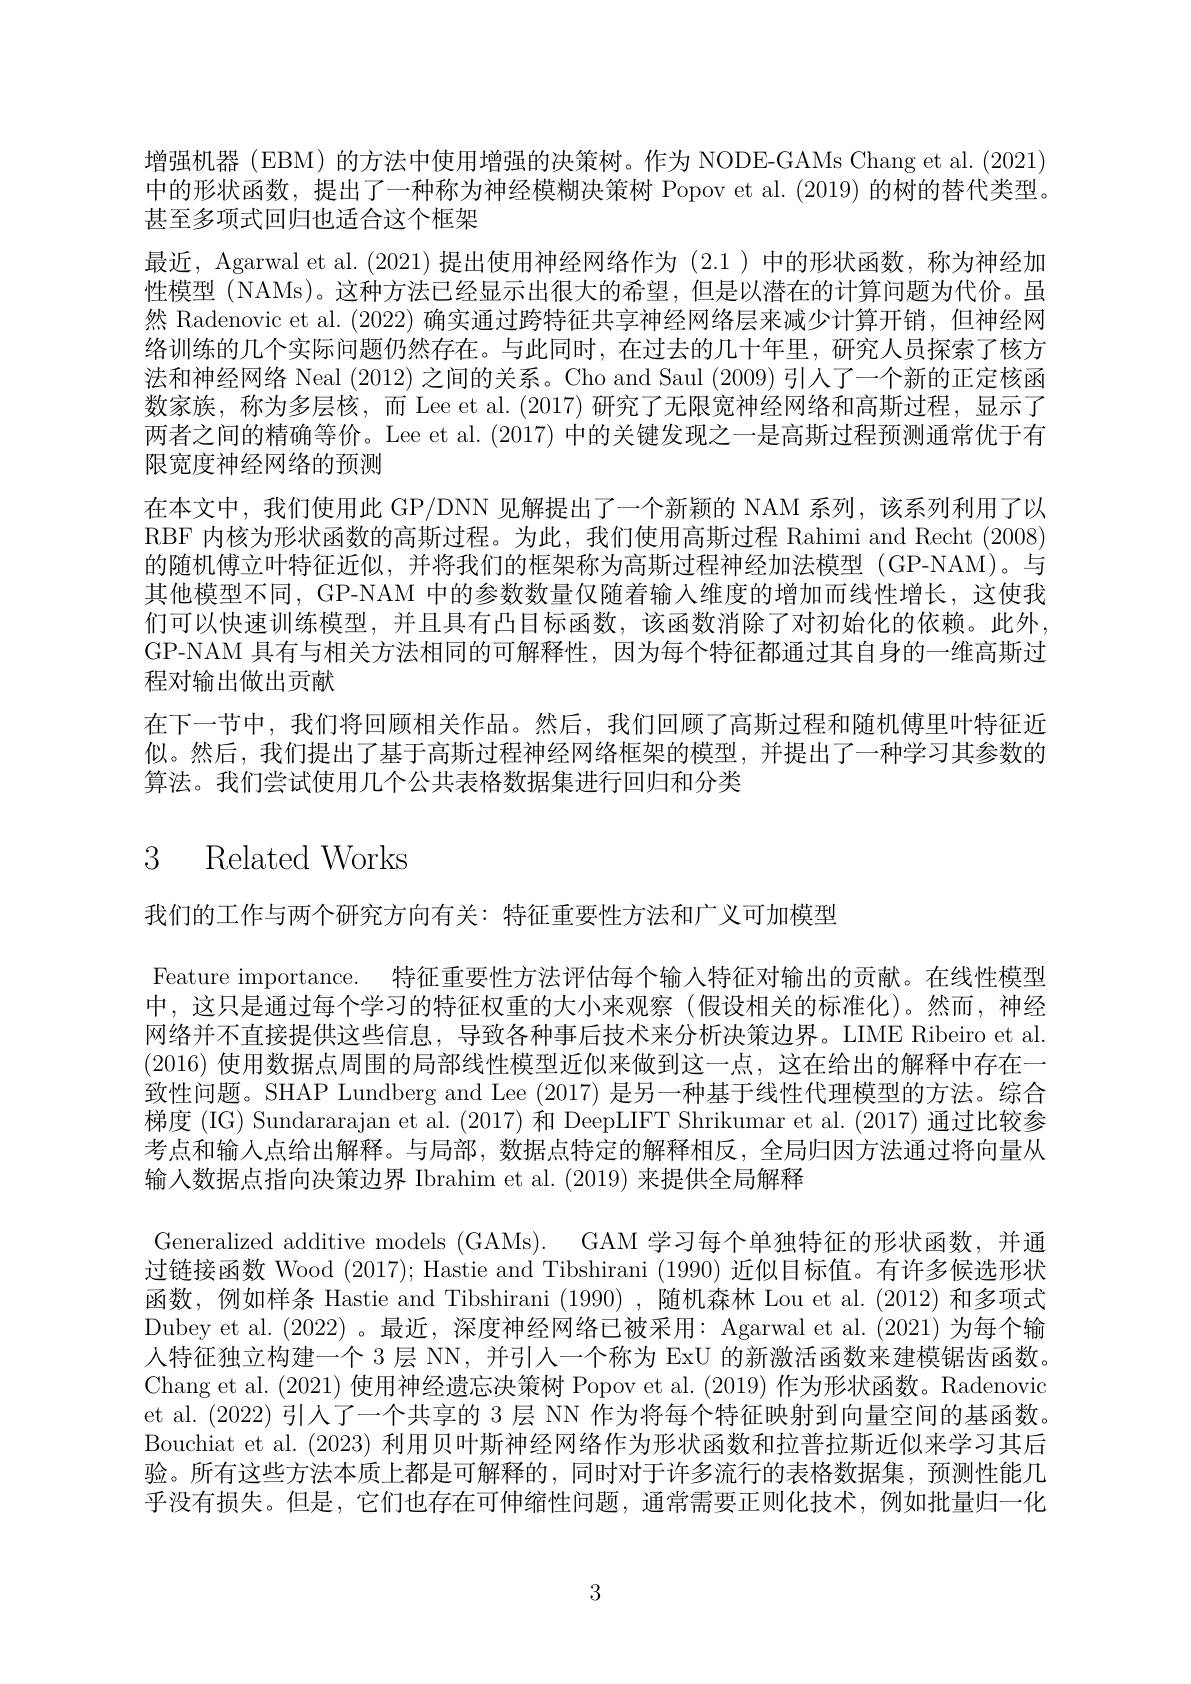
增强机器(EBM) 的方法中使用增强的决策树。作为 NODE-GAMs Chang et al. (2021) 中的形状函数，提出了一种称为神经模糊决策树 Popov et al. (2019) 的树的替代类型。甚至多项式回归也适合这个框架
最近，Agarwal et al. (2021) 提出使用神经网络作为 (2.1 )中的形状函数，称为神经加性模型 (NAMs)。这种方法已经显示出很大的希望，但是以潜在的计算问题为代价。虽然 Radenovic et al. (2022) 确实通过跨特征共享神经网络层来减少计算开销，但神经网络训练的几个实际问题仍然存在。与此同时，在过去的几十年里，研究人员探索了核方法和神经网络 Neal (2012) 之间的关系。Cho and Saul (2009) 引入了一个新的正定核函数家族，称为多层核，而 Lee et al.(2017) 研究了无限宽神经网络和高斯过程，显示了两者之间的精确等价。Lee et al. (2017) 中的关键发现之一是高斯过程预测通常优于有限宽度神经网络的预测
在本文中，我们使用此 GP/DNN 见解提出了一个新颖的 NAM 系列，该系列利用了以RBF 内核为形状函数的高斯过程。为此，我们使用高斯过程 Rahimi and Recht (2008) 的随机傅立叶特征近似，并将我们的框架称为高斯过程神经加法模型 (GP-NAM)。与其他模型不同，GP-NAM 中的参数数量仅随着输入维度的增加而线性增长，这使我们可以快速训练模型，并且具有凸目标函数，该函数消除了对初始化的依赖。此外， GP-NAM 具有与相关方法相同的可解释性，因为每个特征都通过其自身的一维高斯过程对输出做出贡献
在下一节中，我们将回顾相关作品。然后，我们回顾了高斯过程和随机傅里叶特征近似。然后，我们提出了基于高斯过程神经网络框架的模型，并提出了一种学习其参数的算法。我们尝试使用几个公共表格数据集进行回归和分类

# 3 Related Works

我们的工作与两个研究方向有关：特征重要性方法和广义可加模型

Feature importance. 特征重要性方法评估每个输入特征对输出的贡献。在线性模型中，这只是通过每个学习的特征权重的大小来观察(假设相关的标准化)。然而，神经网络并不直接提供这些信息，导致各种事后技术来分析决策边界。LIME Ribeiro et al. (2016)使用数据点周围的局部线性模型近似来做到这一点，这在给出的解释中存在一致性问题。SHAP Lundberg and Lee (2017) 是另一种基于线性代理模型的方法。综合梯度 (IG) Sundararajan et al. (2017) 和 DeepLIFT Shrikumar et al. (2017) 通过比较参考点和输入点给出解释。与局部，数据点特定的解释相反，全局归因方法通过将向量从输入数据点指向决策边界 Ibrahim et al. (2019) 来提供全局解释
Generalized additive models (GAMs). GAM 学习每个单独特征的形状函数，并通过链接函数 Wood (2017); Hastie and Tibshirani (1990)近似目标值。有许多候选形状函数，例如样条 Hastie and Tibshirani (1990),随机森林 Lou et al.(2012)和多项式Dubey et al. (2022) 。最近，深度神经网络已被采用：Agarwal et al. (2021)为每个输人特征独立构建一个 3 层 NN, 并引人一个称为 ExU 的新激活函数来建模锯齿函数。Chang et al. (2021) 使用神经遗忘决策树 Popov et al. (2019) 作为形状函数。Radenovic et al. (2022) 引人了一个共享的 3 层 NN 作为将每个特征映射到向量空间的基函数。Bouchiat et al. (2023) 利用贝叶斯神经网络作为形状函数和拉普拉斯近似来学习其后验。所有这些方法本质上都是可解释的，同时对于许多流行的表格数据集，预测性能几乎没有损失。但是，它们也存在可伸缩性问题，通常需要正则化技术，例如批量归一化

3